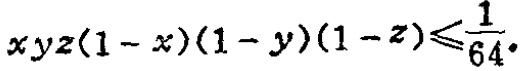
\(xyz(1 - x)(1 - y)(1 - z)\leqslant\frac{1}{64}\)